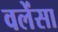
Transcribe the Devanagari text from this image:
वलेंसा